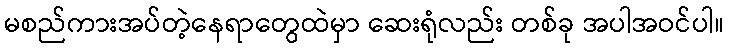
မစည်ကားအပ်တဲ့နေရာတွေထဲမှာ ဆေးရုံလည်း တစ်ခု အပါအဝင်ပါ။